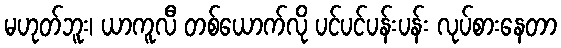
မဟုတ်ဘူး၊ ယာကူလီ တစ်ယောက်လို ပင်ပင်ပန်းပန်း လုပ်စားနေတာ